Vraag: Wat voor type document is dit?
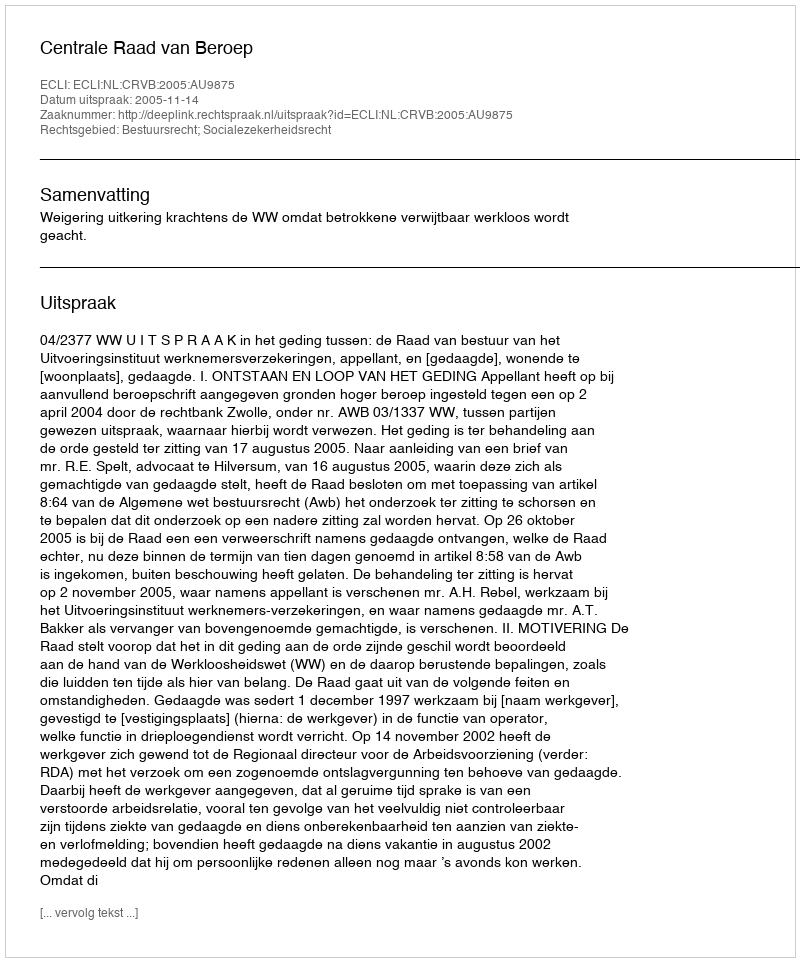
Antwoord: Uitspraak